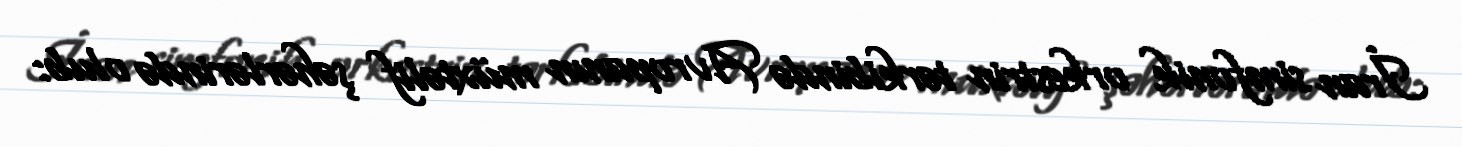
İran simfonik orkestrin tərkibində Avropanın müxtəlif şəhərlərində olub: